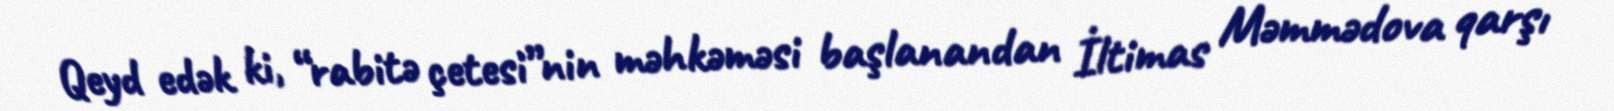
Qeyd edək ki, “rabitə çetesi”nin məhkəməsi başlanandan İltimas Məmmədova qarşı